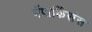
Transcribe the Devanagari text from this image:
मेंपार्किंसंस